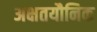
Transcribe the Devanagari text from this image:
अक्षतयौनिक